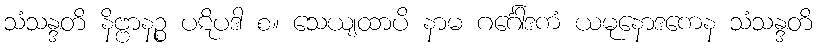
သံသန္ဒတိ နိဗ္ဗာနဉ္စ ပဋိပဒါ စ။ သေယျထာပိ နာမ ဂင်္ဂေါဒကံ ယမုနောဒကေန သံသန္ဒတိ